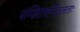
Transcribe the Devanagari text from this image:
पण्डितावनितालताः